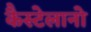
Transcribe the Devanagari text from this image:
कैस्टेलानो